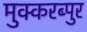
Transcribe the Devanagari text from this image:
मुक्करब्पुर